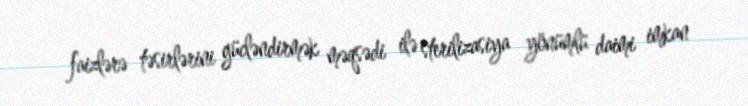
faizlərə təsirlərini gücləndirmək məqsədi ilə sterilizasiya yönümlü daimi imkan